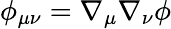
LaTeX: \phi_{\mu\nu}=\nabla_{\mu}\nabla_{\nu}\phi